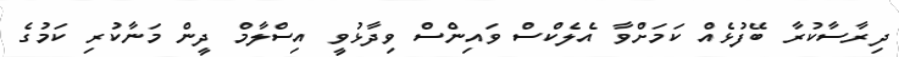
ދިރާސާކުރާ ބޭފުޅެއް ކަމަށްވާ އެލެކްސް ވައިންސް ވިދާޅުވީ އިސްލާމް ދީން މަނާކުރި ކަމުގެ